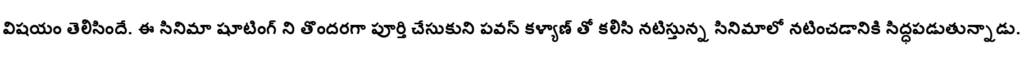
విషయం తెలిసిందే. ఈ సినిమా షూటింగ్ ని తొందరగా పూర్తి చేసుకుని పవన్ కళ్యాణ్ తో కలిసి నటిస్తున్న సినిమాలో నటించడానికి సిద్ధపడుతున్నాడు.